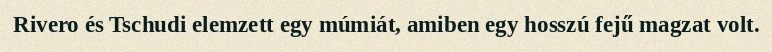
Rivero és Tschudi elemzett egy múmiát, amiben egy hosszú fejű magzat volt.